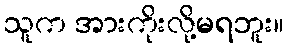
သူက အားကိုးလို့မရဘူး။